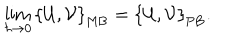
LaTeX: \lim _ { \hbar \to 0 } \left\{ { \mathcal { U } } , { \mathcal { V } } \right\} _ { \mathrm { M B } } = \left\{ { \mathcal { U } } , { \mathcal { V } } \right\} _ { \mathrm { P B } } .